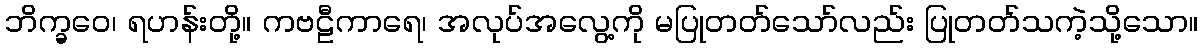
ဘိက္ခဝေ၊ ရဟန်းတို့။ ကဗဠီကာရေ၊ အလုပ်အလွေ့ကို မပြုတတ်သော်လည်း ပြုတတ်သကဲ့သို့သော။